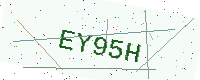
Text: EY95H